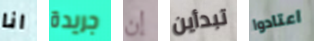
انا جريدة إن تبدأين اعتادوا